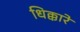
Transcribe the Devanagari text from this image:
धिक्कारे